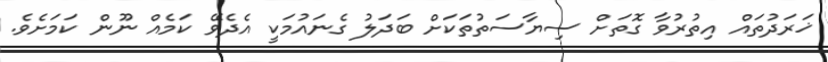
ޚަރަދުތައް އިތުރުވާ ގޮތަށް ސިޔާސަތުތަކަށް ބަދަލު ގެނައުމަކީ އެދެވޭ ކަމެއް ނޫން ކަމަށެވެ.